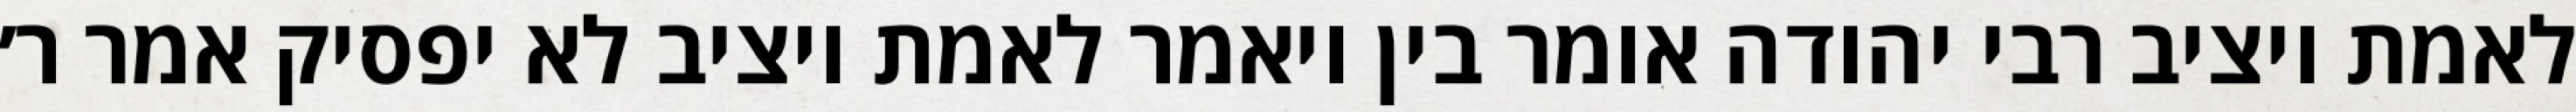
לאמת ויציב רבי יהודה אומר בין ויאמר לאמת ויציב לא יפסיק אמר ר׳